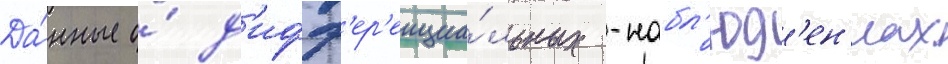
Да́нные о́ д'ифф'ер'енциа́льных -набл'юд'ен'иах